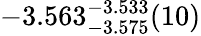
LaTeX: -3.563_{-3.575}^{-3.533}(10)